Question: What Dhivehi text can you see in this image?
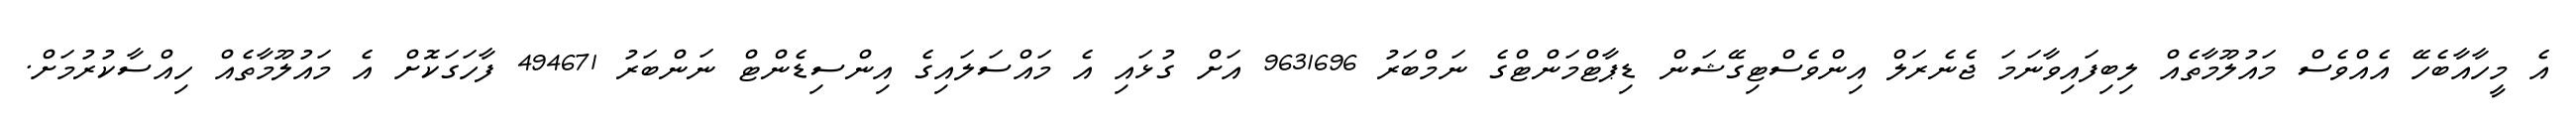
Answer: އެ މީހާއާބެހޭ އެއްވެސް މައުލޫމާތެއް ލިބިފައިވާނަމަ ޖެނެރަލް އިންވެސްޓިގޭޝަން ޑިޕާޓްމަންޓްގެ ނަމްބަރު 9631696 އަށް ގުޅައި އެ މައްސަލައިގެ އިންސިޑެންޓް ނަންބަރު 494671 ފާހަގަކޮށް އެ މައުލޫމާތެއް ހިއްސާކުރުމަށް.